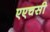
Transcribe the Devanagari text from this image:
एएचसी